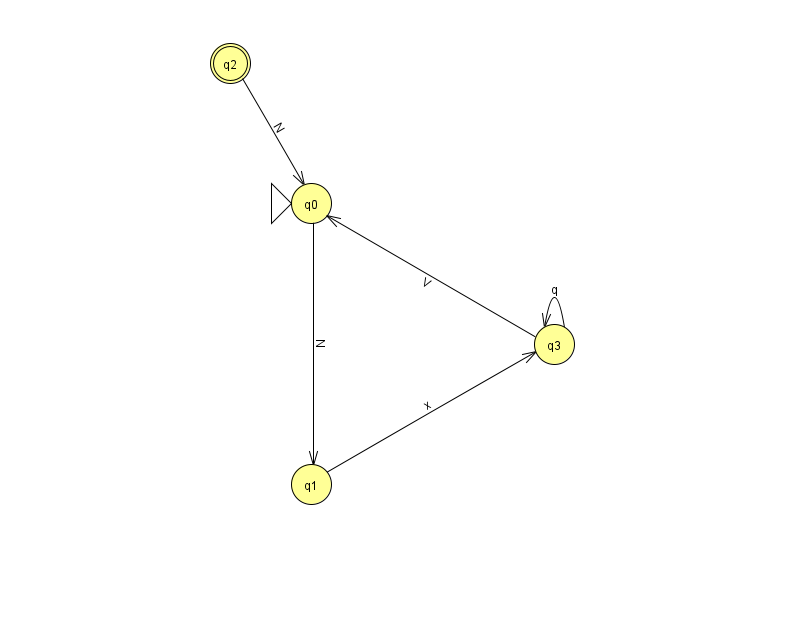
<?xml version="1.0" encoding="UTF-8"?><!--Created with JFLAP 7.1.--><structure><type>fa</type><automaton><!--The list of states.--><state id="0" name="q0"><x>311.0</x><y>190.0</y><initial/></state><state id="1" name="q1"><x>311.0</x><y>471.0</y></state><state id="2" name="q2"><x>230.0</x><y>50.0</y><final/></state><state id="3" name="q3"><x>554.0</x><y>331.0</y></state><!--The list of transitions.--><transition><from>0</from><to>1</to><read>N</read></transition><transition><from>3</from><to>3</to><read>q</read></transition><transition><from>2</from><to>0</to><read>N</read></transition><transition><from>1</from><to>3</to><read>x</read></transition><transition><from>3</from><to>0</to><read>V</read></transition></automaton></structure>